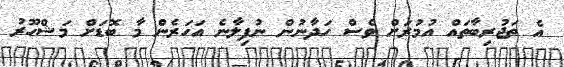
އެ ތަޖުރިބާތައް އުމުރަށް ވެސް ހަދާނުން ނުފިލާނެ އަހަރެން މާ ބޮޑަށް މަޝްހޫރު